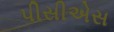
પીસીએસ